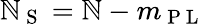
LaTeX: \mathbb{N}_{\mathrm{{~S~}}}=\mathbb{N}-m_{\mathrm{{~P~L~}}}